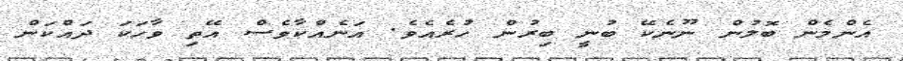
އެންމެން ބޮލުން ނޫނެކޭ ބުނީ ބިރުން ހުރެއެވެ. އަނެއްކާވެސް އޭތި ވާހަކަ ދައްކަން